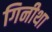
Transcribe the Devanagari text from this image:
गिनीथा